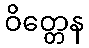
ဝိတ္တေန